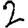
Digit: 2